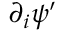
\partial _ { i } \psi ^ { \prime }